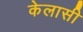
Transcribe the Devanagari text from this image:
केलासी